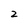
Character: 2